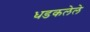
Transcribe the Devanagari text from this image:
धडकलेले